Leaving Certificate Examination (including Day School Certificate (Higher) General paper), 1939
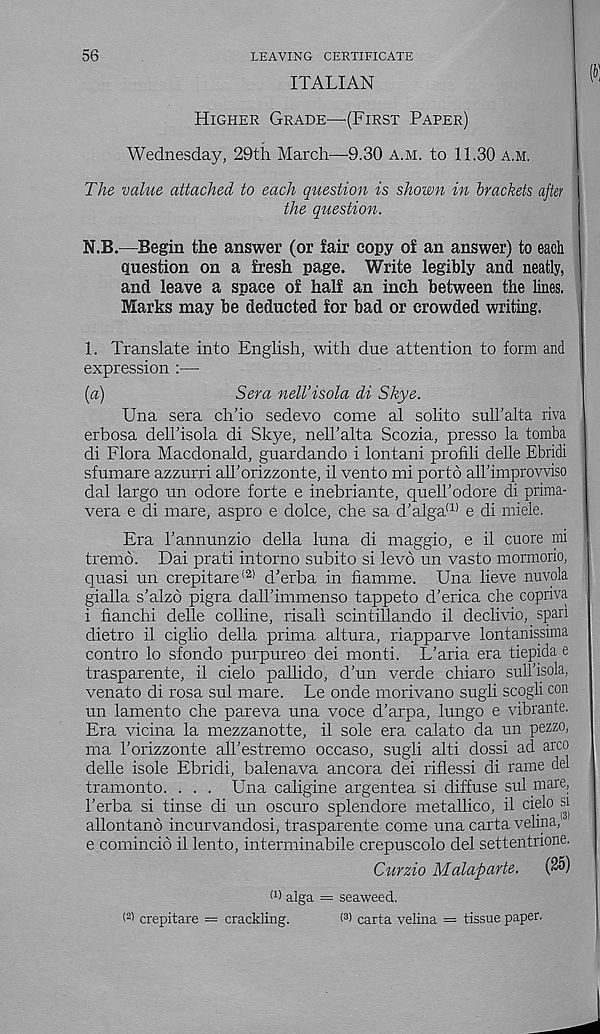
56
LEAVING CERTIFICATE
ITALIAN
Higher Grade—-(First Paper)
Wednesday, 29th March—9.30 a.m. to 11.30 a.m.
The value attached to each question is shown in brackets after
the question.
N.B.—Begin the answer (or fair copy of an answer) to each
question on a fresh page. Write legibly and neatly,
and leave a space of half an inch between the lines.
Marks may be deducted for bad or crowded writing.
1. Translate into English, with due attention to form and
expression :—
[a)
Sera nell’isola di Skye.
Una sera ch’io sedevo come al solito suh’alta riva
erbosa dell’isola di Skye, nell’alta Scozia, presso la tomba
di Flora Macdonald, guardando i lontani profili delle Ebridi
sfumare azzurri all’orizzonte, il vento mi porto all’improwiso
dal largo un odore forte e inebriante, quell’odore di prima-
vera e di mare, aspro e dolce, che sa d’alga (1) e di miele.
Era 1’annunzio della luna di maggio, e il cuore mi
tremo. Dai prati intorno subito si levo un vasto mormorio,
quasi un crepitare (2) d’erba in fiamnae. Una lieve nuvola
gialla s’alzo pigra dall’immenso tappeto d’erica che copriva
i fianchi delle colline, risali scintillando il declivio, span
dietro il ciglio della prima altura, riapparve lontanissima
contro lo sfondo purpureo dei monti. L’aria era tiepida e
trasparente, il cielo pallido, d’un verde chiaro sull’isola,
venato di rosa sul mare. Le onde morivano sugli scogli con
un lamento che pareva una voce d'arpa, lungo e vibrante.
Era vicina la mezzanotte, il sole era calato da un pezzo,
ma 1’orizzonte all’estremo occaso, sugli alti dossi ad arco
delle isole Ebridi, balenava ancora dei riflessi di rame del
tramonto. . . . Una caligine argentea si diffuse sul mare,
I’erba si tinse di un oscuro splendore metallico, il cielo si
allontano incurvandosi, trasparente come una carta velina,
e comincio il lento, interminabile crepuscolo del settentnone.
Curzio Malaparte.
(25)
(1 ) alga = seaweed.
(2) crepitare = crackling.
< 3 ) carta velina = tissue paper.